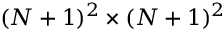
( N + 1 ) ^ { 2 } \times ( N + 1 ) ^ { 2 }